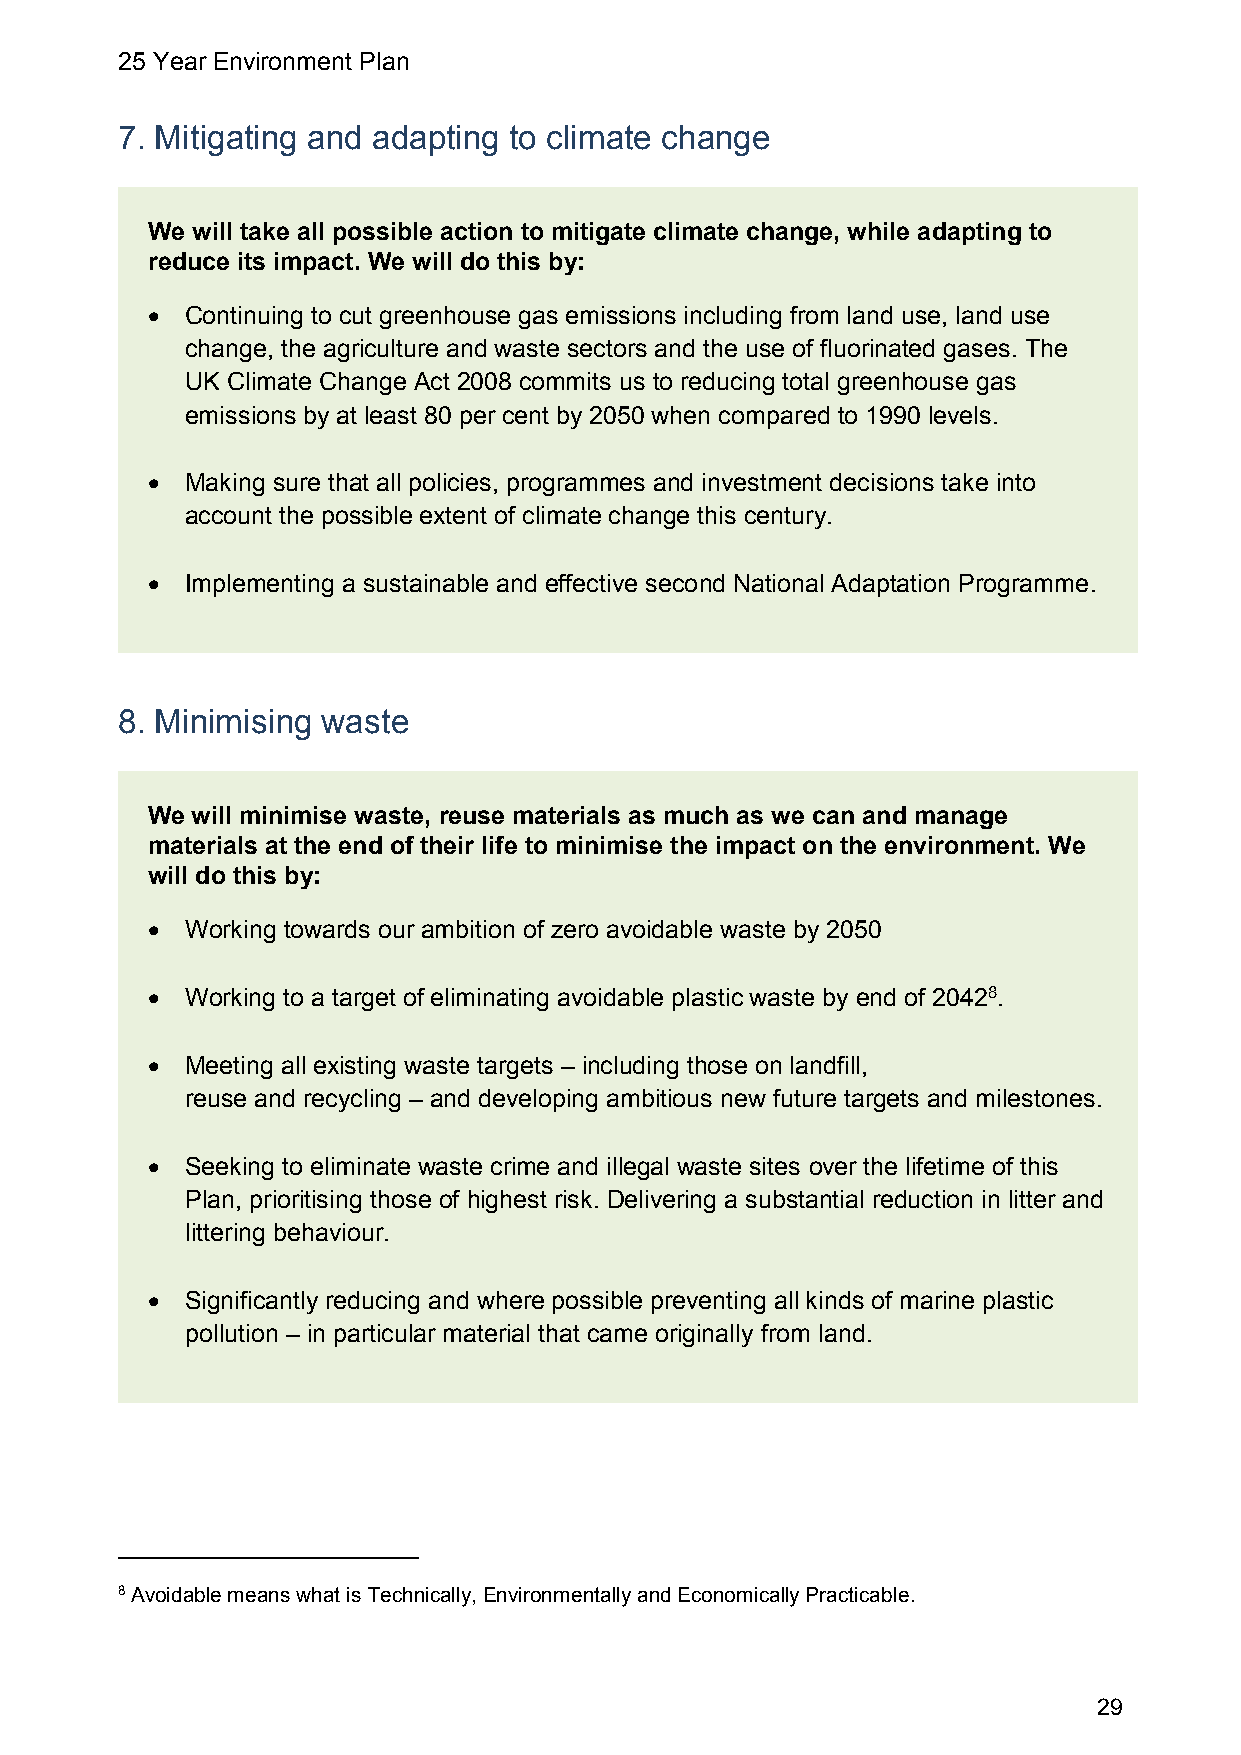
25 Year Environment Plan
 7. Mitigating and adapting to climate change
 We will take all possible action to mitigate climate change, while adapting to
 reduce its impact. We will do this by:
  Continuing to cut greenhouse gas emissions including from land use, land use
 change, the agriculture and waste sectors and the use of fluorinated gases. The
 UK Climate Change Act 2008 commits us to reducing total greenhouse gas
 emissions by at least 80 per cent by 2050 when compared to 1990 levels.
  Making sure that all policies, programmes and investment decisions take into
 account the possible extent of climate change this century.
  Implementing a sustainable and effective second National Adaptation Programme.
 8. Minimising waste
 We will minimise waste, reuse materials as much as we can and manage
 materials at the end of their life to minimise the impact on the environment. We
 will do this by:
  Working towards our ambition of zero avoidable waste by 2050
  Working to a target of eliminating avoidable plastic waste by end of 20428.
  Meeting all existing waste targets – including those on landfill,
 reuse and recycling – and developing ambitious new future targets and milestones.
  Seeking to eliminate waste crime and illegal waste sites over the lifetime of this
 Plan, prioritising those of highest risk. Delivering a substantial reduction in litter and
 littering behaviour.
  Significantly reducing and where possible preventing all kinds of marine plastic
 pollution – in particular material that came originally from land.
 8 Avoidable means what is Technically, Environmentally and Economically Practicable.
 29